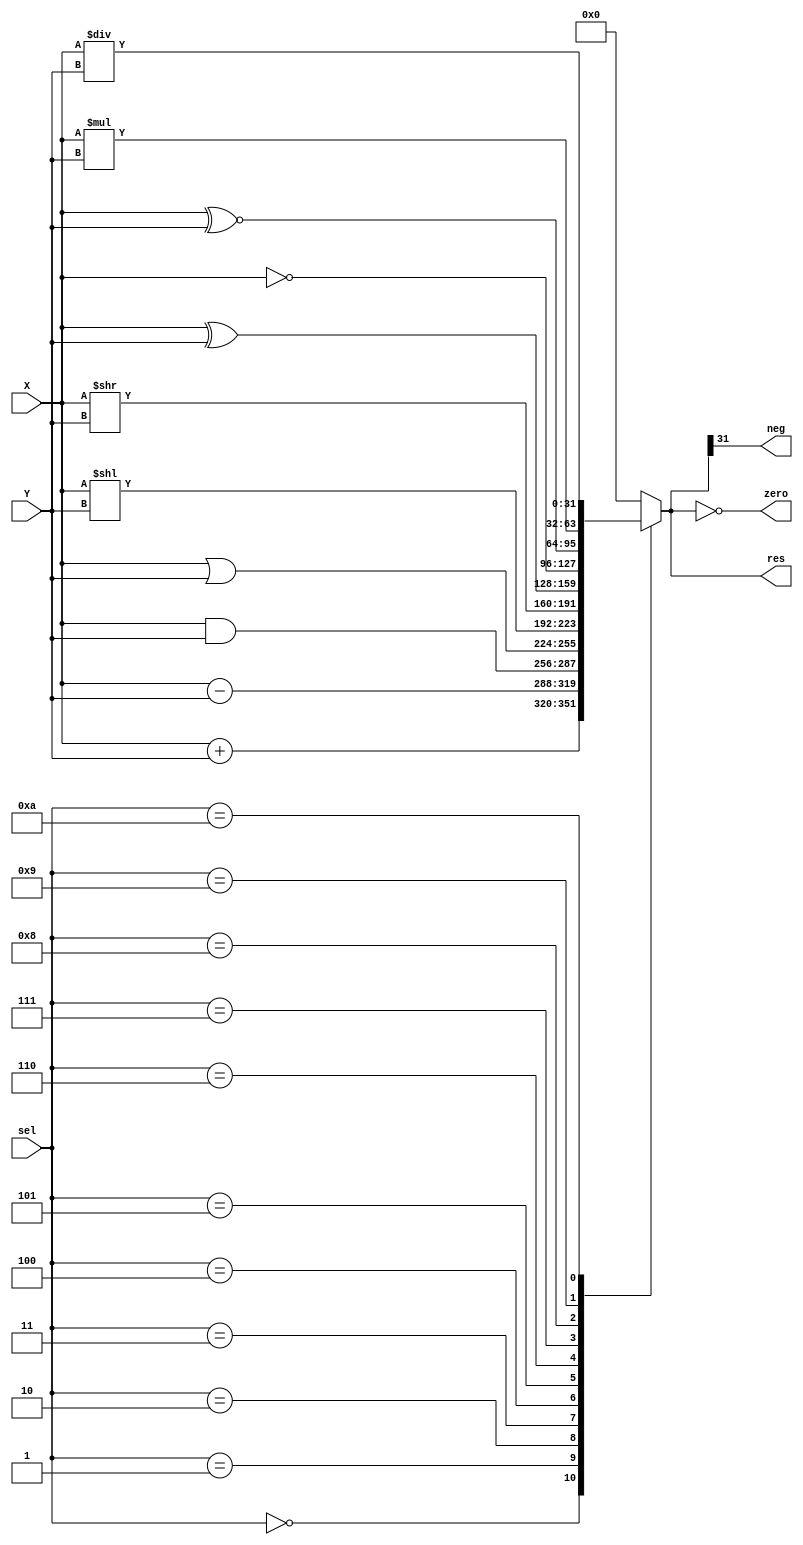
module ULA(sel, X, Y, res, neg, zero);
	input [3:0] sel;
	input[31:0] X,Y;
	output reg [31:0] res;
	output neg;
	output zero; 

	always @(X or Y or sel) begin
		case (sel)
			4'b0000: res = X + Y; // soma
			4'b0001: res = X - Y; // subtracao
			4'b0010: res = X & Y; // AND
			4'b0011: res = X | Y;// OR
			4'b0100: res = X << Y;// desl. esq.
			4'b0101: res = X >> Y;// desl. dir
			4'b0110: res = X ^ Y;// XOR
			4'b0111: res = ~X;// NOT (x)
			4'b1000: res = X ~^ Y;// XNOR
			4'b1001: res = X * Y;// multiplicao
			4'b1010: res = X / Y;// diviso
			default: res = 0;
		endcase
	end
	
	assign neg = res[31]; // reposta negativa ?!
	assign zero = (res == 0);// resposta nula ?!

	

	
endmodule